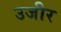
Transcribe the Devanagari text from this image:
उजीर